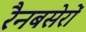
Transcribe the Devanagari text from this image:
रैनबसेरों